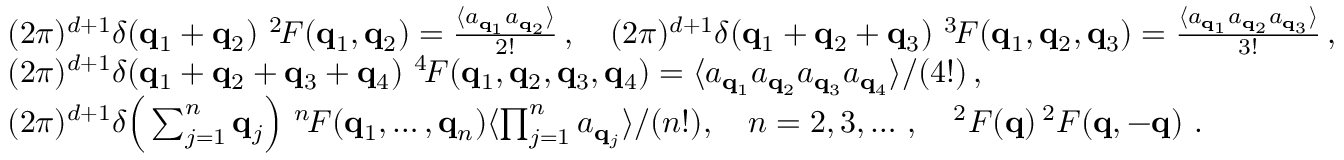
\begin{array} { r l } & { ( 2 \pi ) ^ { d + 1 } \delta ( { { \bf q } _ { 1 } } + { { \bf q } _ { 2 } } ) \ ^ { 2 \! } { \cal F } ( { { \bf q } _ { 1 } } , { { \bf q } _ { 2 } } ) = \frac { \langle a _ { { \bf q } _ { 1 } } a _ { { \bf q } _ { 2 } } \rangle } { 2 ! } \, , \quad ( 2 \pi ) ^ { d + 1 } \delta ( { { \bf q } _ { 1 } } + { { \bf q } _ { 2 } } + { { \bf q } _ { 3 } } ) \ ^ { 3 \! } { \cal F } ( { { \bf q } _ { 1 } } , { { \bf q } _ { 2 } } , { { \bf q } _ { 3 } } ) = \frac { \langle a _ { { \bf q } _ { 1 } } a _ { { \bf q } _ { 2 } } a _ { { \bf q } _ { 3 } } \rangle } { 3 ! } \, , } \\ & { ( 2 \pi ) ^ { d + 1 } \delta ( { { \bf q } _ { 1 } } + { { \bf q } _ { 2 } } + { { \bf q } _ { 3 } } + { { \bf q } _ { 4 } } ) \ ^ { 4 \! } { \cal F } ( { { \bf q } _ { 1 } } , { { \bf q } _ { 2 } } , { { \bf q } _ { 3 } } , { { \bf q } _ { 4 } } ) = \langle a _ { { \bf q } _ { 1 } } a _ { { \bf q } _ { 2 } } a _ { { \bf q } _ { 3 } } a _ { { \bf q } _ { 4 } } \rangle / ( 4 ! ) \, , } \\ & { ( 2 \pi ) ^ { d + 1 } \delta \Big ( \sum _ { j = 1 } ^ { n } { { \bf q } _ { j } } \Big ) \ ^ { n \! } { \cal F } ( { { \bf q } _ { 1 } } , \dots , { { \bf q } _ { n } } ) \= { \langle \prod _ { j = 1 } ^ { n } a _ { { \bf q } _ { j } } \rangle } / { ( n ! ) } , ~ ~ ~ n = 2 , 3 , \dots \, , \quad ^ { 2 } { \cal F } ( { \bf q } ) \= \, ^ { 2 } { \cal F } ( { \bf q } , - { \bf q } ) \ . } \end{array}